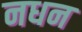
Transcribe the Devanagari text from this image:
नधन